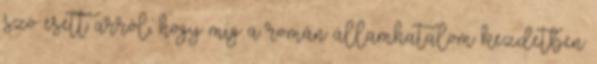
szó esett arról, hogy míg a román államhatalom kezdetben